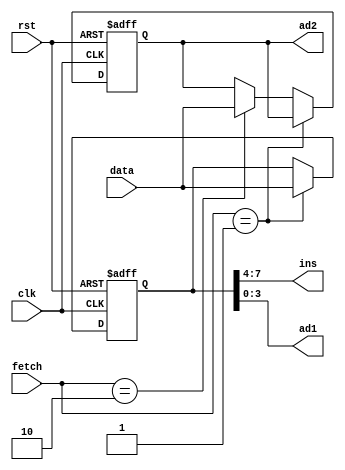
`timescale 1ns / 1ps
//////////////////////////////////////////////////////////////////////////////////
module ins_reg(data, fetch, clk, rst, ins, ad1, ad2); // instruction register
input clk, rst;
input [1:0] fetch;
input [7:0] data;
output [3:0] ins;
output [3:0] ad1;
output [7:0] ad2;

reg [7:0] ins_p1, ins_p2;
reg [2:0] state;

assign ins = ins_p1[7:4]; //hign 4 bits, instructions
assign ad1 = ins_p1[3:0]; //low 4 bits, register address
assign ad2 = ins_p2;

always @(posedge clk or negedge rst) begin
	if(!rst) begin
		ins_p1 <= 8'd0;
		ins_p2 <= 8'd0;
	end
	else begin
		if(fetch==2'b01) begin			//fetch==2'b01 operation1, to fetch data from REG
			ins_p1 <= data;
			ins_p2 <= ins_p2;
		end
		else if(fetch==2'b10) begin		//fetch==2'b10 operation2, to fetch data from RAM/ROM
			ins_p1 <= ins_p1;
			ins_p2 <= data;
		end
		else begin
			ins_p1 <= ins_p1;
			ins_p2 <= ins_p2;
		end
	end
end


endmodule